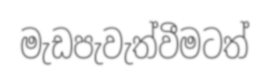
මැඩපැවැත්වීමටත්